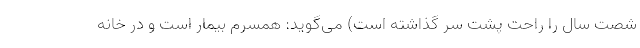
شصت سال را راحت پشت سر گذاشته است) می‌گوید: همسرم بیمار است و در خانه